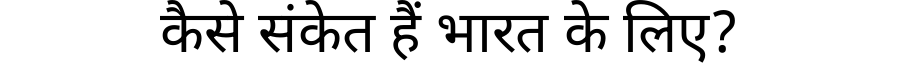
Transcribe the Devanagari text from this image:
कैसे संकेत हैं भारत के लिए?